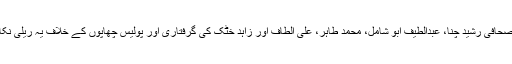
کراچی میں صحافی رشید چنا، عبدالطیف ابو شامل، محمد طاہر، علی الطاف اور زاہد خٹک کی گرفتاری اور پولیس چھاپوں کے خلاف یہ ریلی نکالی گئی تھی۔